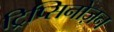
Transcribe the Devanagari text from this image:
ट्रिप्सिनोज़न